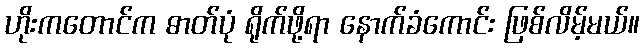
ဟိုးကတောင်က ဓာတ်ပုံ ရိုက်ဖို့ရာ နောက်ခံကောင်း ဖြစ်လိမ့်မယ်။